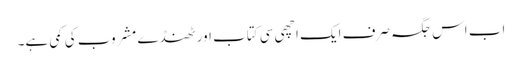
اب اس جگہ صرف ایک اچھی سی کتاب اور ٹھنڈے مشروب کی کمی ہے۔